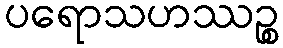
ပရောသဟဿဉ္စ